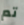
تم